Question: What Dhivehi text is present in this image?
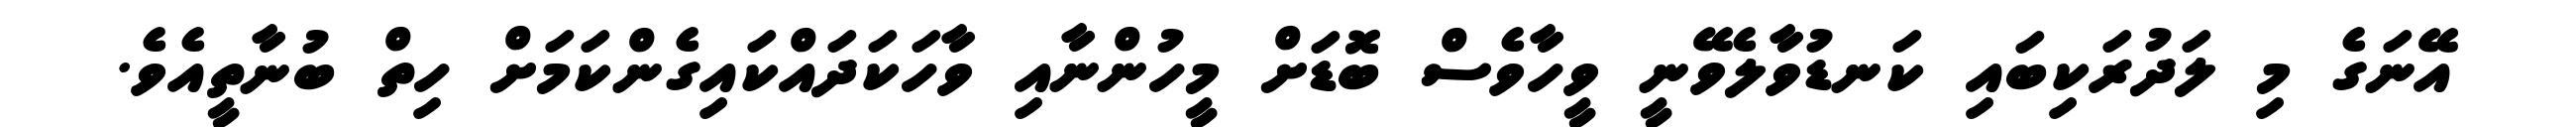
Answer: އޭނަގެ މި ލަދުރަކިބައި ކަނޑުވާލެވޭނީ ވީހާވެސް ބޮޑަށް މީހުންނާއި ވާހަކަދައްކައިގެންކަމަށް ހިތް ބުނާތީއެވެ.